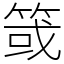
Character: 䈅